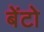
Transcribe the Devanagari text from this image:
बेंटो